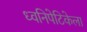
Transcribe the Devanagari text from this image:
ध्वनिपेटिकेला